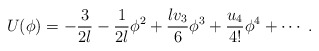
\begin{align*} U(\phi) = -\frac3{2l} -\frac1{2l} \phi^2 +\frac{lv_3}{6} \phi^3 +\frac{u_4}{4!} \phi^4 +\cdots~.\end{align*}